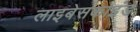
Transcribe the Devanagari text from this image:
लाइबेसकाइंड